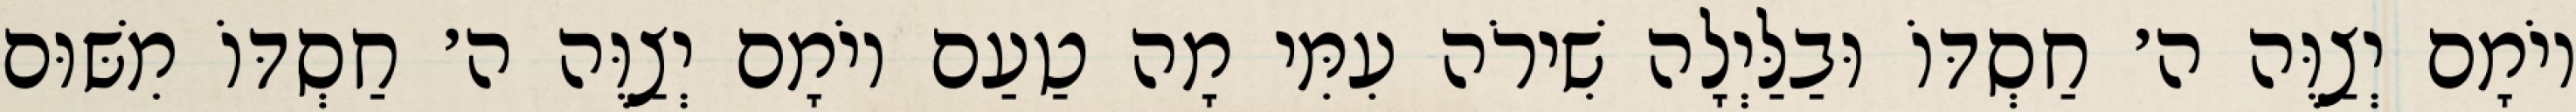
יוֹמָם יְצַוֶּה ה׳ חַסְדּוֹ וּבַלַּיְלָה שִׁירֹה עִמִּי מָה טַעַם יוֹמָם יְצַוֶּה ה׳ חַסְדּוֹ מִשּׁוּם